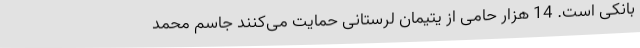
بانکی است. 14 هزار حامی از یتیمان لرستانی حمایت می‌کنند جاسم محمد